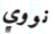
نووي